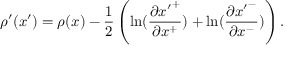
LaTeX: \rho ^ { \prime } ( x ^ { \prime } ) = \rho ( x ) - \frac { 1 } { 2 } \left( \ln ( \frac { \partial { x ^ { \prime } } ^ { + } } { \partial x ^ { + } } ) + \ln ( \frac { \partial { x ^ { \prime } } ^ { - } } { \partial x ^ { - } } ) \right) .